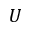
U